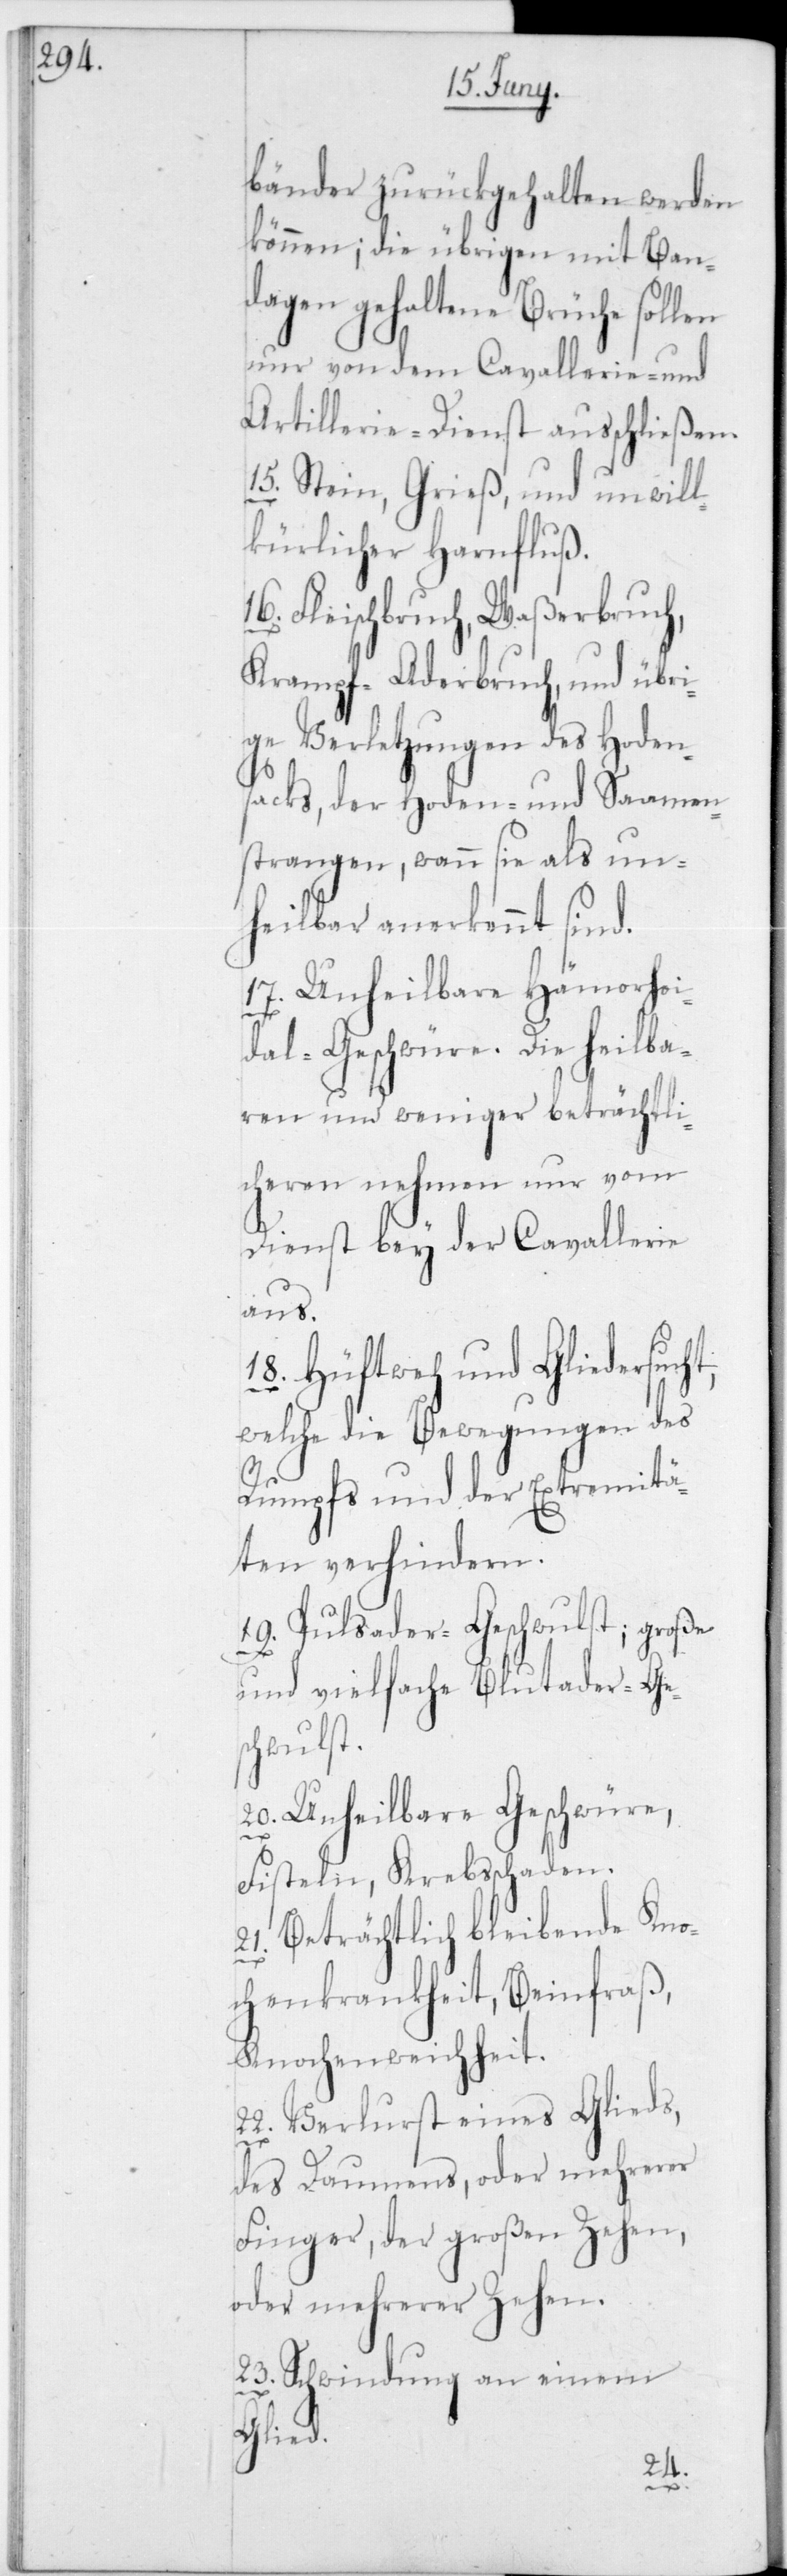
bänder zurückgehalten werden
können; die übrigen mit Ban¬
dagen gehaltene Brüche sollen
nur von dem Cavallerie- und
Artillerie-Dienst ausschließen.
15. Stein, Grieß und unwill¬
kührlicher Harnfluß.
Fleischbruch, Waßerbruch,
Krampf-Aderbruch, und übri¬
ge Verletzungen des Hoden¬
sacks, der Hoden- und Saamen¬
strangen, wann sie als un¬
heilbar anerkennt sind.
17. Unheilbare Hämorhoi¬
dal-Geschwüre. Die heilba¬
ren und weniger beträchtli¬
chen nehmen nur vom
Dienst bey der Cavallerie
aus.
18. Hüftweh und Gliedersucht,
welche die Bewegungen des
Rumpfs und der Extremitä¬
ten verhindern.
19. Pulsader-Geschwulst; große
und vielfache Blutader-Ge¬
schwulst.
20. Unheilbare Geschwüre,
Fisteln, Krebsschaden.
21. Beträchtlich bleibende Kno¬
chenkrankheit, Beinfraß,
Knochenweichheit.
22. Verlust eines Glieds,
des Daumen oder mehrerer
Finger, der großen Zehen,
oder mehrerer Zehen.
23. Schwindung an einem
Glied.